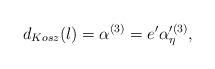
LaTeX: \begin{align*}d_{Kosz} (l)=\alpha^{(3)} =e' \alpha'^{(3)}_{\eta} ,\end{align*}